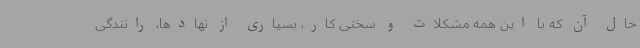
حال آن که با این همه مشکلات و سختی کار، بسیاری از نهادها، رانندگی